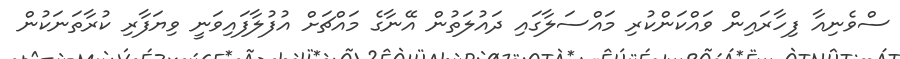
ސްވެނިއާ ފިހާރައިން ވައްކަންކުރި މައްސަލާގައި ދައުލަތުން އޭނާގެ މައްޗަށް އުފުލާފައިވަނީ ވިޔަފާރި ކުރާތަނަކުން